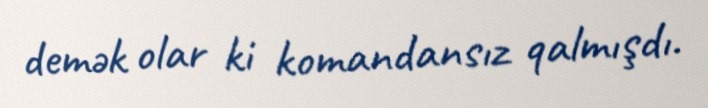
demək olar ki komandansız qalmışdı.